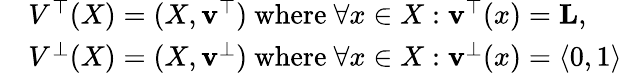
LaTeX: \begin{array}{rl}&{V^{\top}(X)=(X,\mathbf{v^{\top}})\mathrm{~where~}\forall x\in X:\mathbf{v^{\top}}(x)=\mathbf{L},}\\ &{V^{\bot}(X)=(X,\mathbf{v^{\bot}})\mathrm{~where~}\forall x\in X:\mathbf{v^{\bot}}(x)=\langle 0,1\rangle}\end{array}